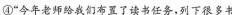
”今年老师给我们布置了读书任务，列下很多书